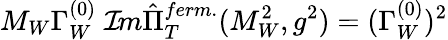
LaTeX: M_{W}\Gamma_{W}^{(0)}\; {\cal I}\! m\hat{\Pi}_{T}^{ferm.}(M_{W}^{2},g^{2})=(\Gamma_{W}^{(0)})^{2}